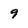
Character: 9